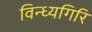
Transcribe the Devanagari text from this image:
विन्ध्यगिरि